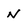
Character: N